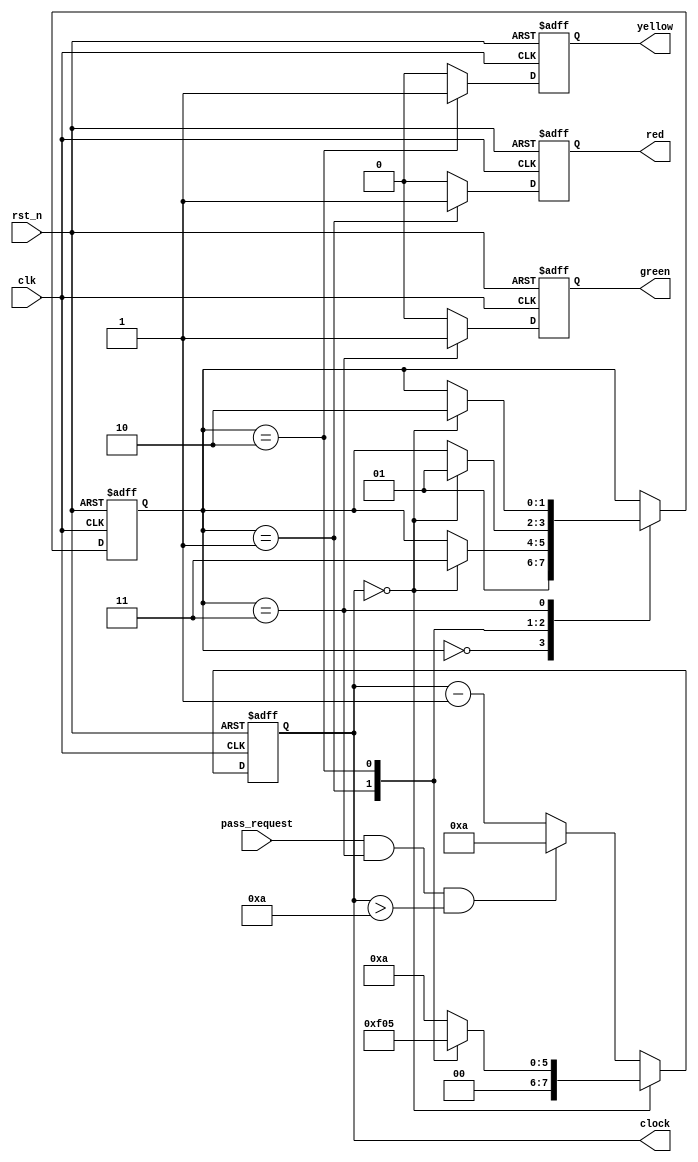
module traffic_light(
    input wire rst_n,
    input wire clk,
    input wire pass_request,
    output reg [7:0] clock,
    output reg red,
    output reg yellow,
    output reg green
);

    // State declarations
    parameter idle = 2'b00, s1_red = 2'b01, s2_yellow = 2'b10, s3_green = 2'b11;

    // Internal counter
    reg [7:0] cnt;

    // Current state
    reg [1:0] state;

    // Next state logic
    always @(posedge clk or negedge rst_n) begin
        if (!rst_n) begin
            state <= idle;
        end else begin
            case (state)
                idle: state <= s1_red; // Start with red
                s1_red: if (cnt == 0) state <= s3_green; // Move to green after red
                s2_yellow: if (cnt == 0) state <= s1_red; // Move to red after yellow
                s3_green: if (cnt == 0) state <= s2_yellow; // Move to yellow after green
                default: state <= idle;
            endcase
        end
    end

    // Counter logic to handle timing and pedestrian button
    always @(posedge clk or negedge rst_n) begin
        if (!rst_n) begin
            cnt <= 10; // Reset to 10 at start
        end else begin
            if (cnt == 0) begin
                // Set the counter based on the current state when count reaches 0
                case (state)
                    s1_red: cnt <= 60;
                    s2_yellow: cnt <= 5;
                    s3_green: cnt <= 10;
                    default: cnt <= 10;
                endcase
            end else if (pass_request && state == s3_green && cnt > 10) begin
                cnt <= 10; // Shorten green time if pass_request is active
            end else begin
                cnt <= cnt - 1; // Normal countdown
            end
        end
    end

    // Assign the current count value to the clock output
    always @(cnt) begin
        clock <= cnt;
    end

    // Output logic for the traffic light signals
    always @(posedge clk or negedge rst_n) begin
        if (!rst_n) begin
            red <= 1'b0;
            yellow <= 1'b0;
            green <= 1'b0;
        end else begin
            case (state)
                s1_red: begin
                    red <= 1'b1;
                    yellow <= 1'b0;
                    green <= 1'b0;
                end
                s2_yellow: begin
                    red <= 1'b0;
                    yellow <= 1'b1;
                    green <= 1'b0;
                end
                s3_green: begin
                    red <= 1'b0;
                    yellow <= 1'b0;
                    green <= 1'b1;
                end
                default: begin
                    red <= 1'b0;
                    yellow <= 1'b0;
                    green <= 1'b0;
                end
            endcase
        end
    end

endmodule